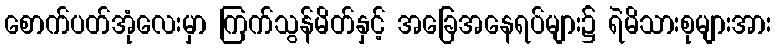
စောက်ပတ်အုံလေးမှာ ကြက်သွန်မိတ်နှင့် အခြေအနေရပ်များ၌ ရဲမိသားစုများအား